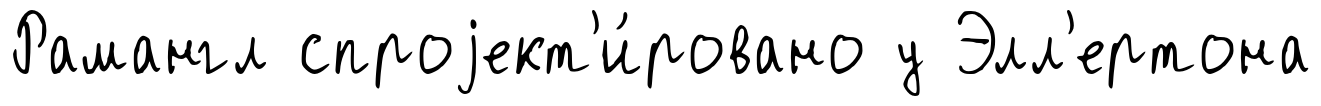
Рамангл спроjект'и́ровано у Элл'ертона